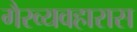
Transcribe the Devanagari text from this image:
गैरव्यवहारास